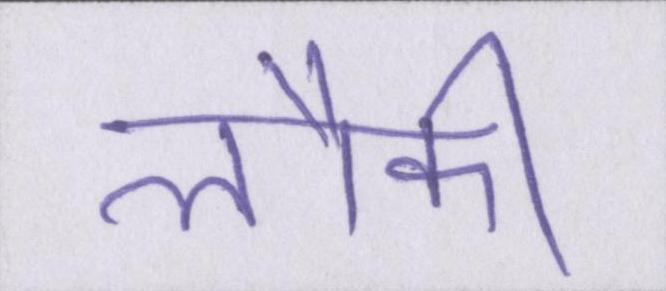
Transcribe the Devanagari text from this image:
लौकी